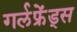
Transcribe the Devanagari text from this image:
गर्लफ्रेंड्स